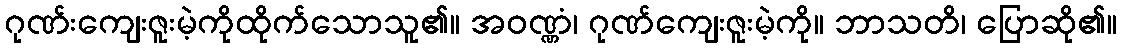
ဂုဏ်းကျေးဇူးမဲ့ကိုထိုက်သောသူ၏။ အဝဏ္ဏံ၊ ဂုဏ်ကျေးဇူးမဲ့ကို။ ဘာသတိ၊ ပြောဆို၏။